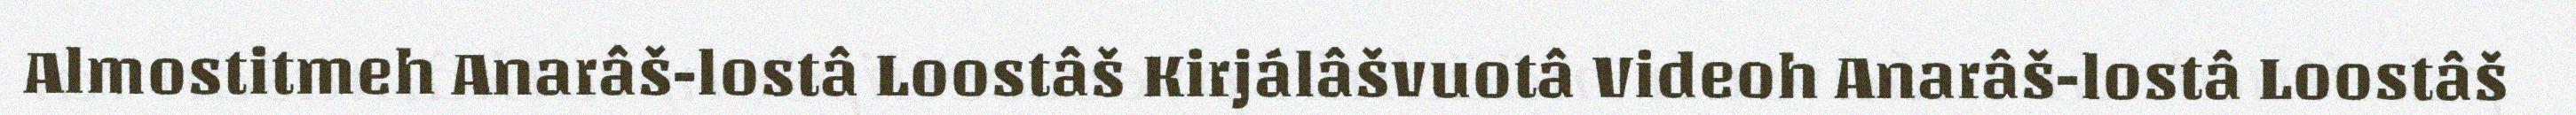
Almostitmeh Anarâš-lostâ Loostâš Kirjálâšvuotâ Videoh Anarâš-lostâ Loostâš